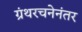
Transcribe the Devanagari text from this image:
ग्रंथरचनेनंतर